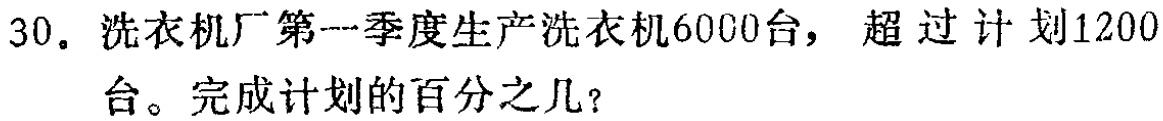
30. 洗衣机厂第一季度生产洗衣机6000台，超过计划1200台。完成计划的百分之几？